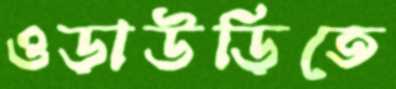
ওড়াউড়িতে